Report on vaccination in Madras 1895-1903 - 1895-1903
Year: 1895
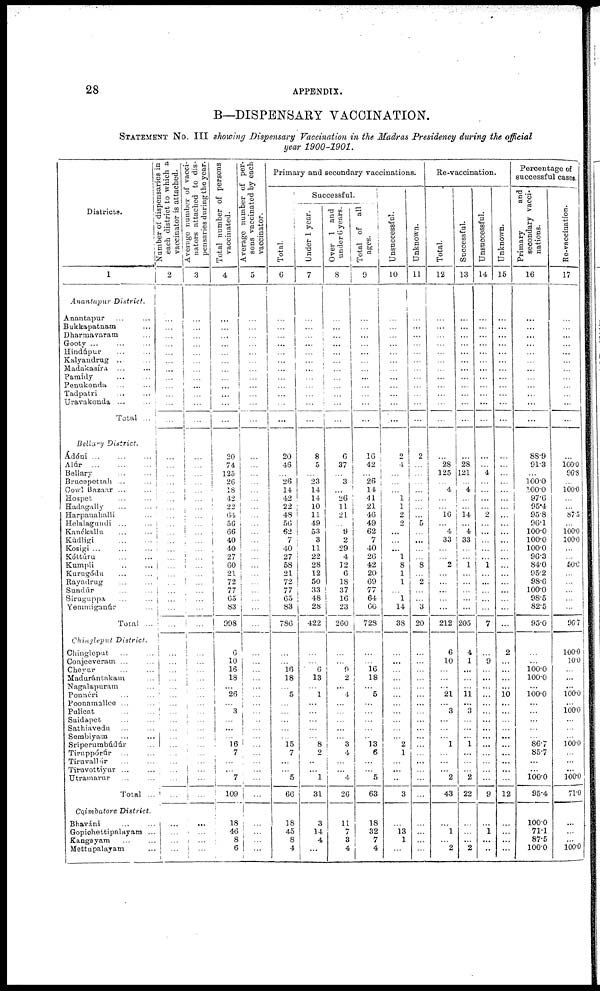
28
APPENDIX.
B—DISPENSARY VACCINATION.
STATEMENT No. III showing Dispensary Vaccination in the Madras Presidency during the official
year 1900-1901.
Districts.
1
Anantapur District.
Anantapur ... ...
Bukkapatnam ...
Dharmavaram ...
Gooty ... ... ...
Hindúpur ... ...
Kalyandrug ... ...
Madakasíra ... ...
Pamidy
...
...
Penukonda ... ...
Tadpatri ... ...
Uravakonda ... ...
Total ...
Bellary District.
Ádóni ... ... ...
Alúr
...
...
...
Bellary
...
...
Brucepettah ... ...
Cowl Bazaar ... ...
Hospet ... ...
Hadagally ... ...
Harpanahalli ...
Helalagundi ... ...
Kanékallu ... ...
Kúdligi ... ...
Kosigi ... ... ...
Kóttúru
...
...
Kumpli ... ...
Kurugódu ... ...
Rayadrug ... ...
Sundúr ... ...
Siruguppa ... ...
Yemmiganúr ...
Total ...
Chingleput District.
Chingleput ... ...
Conjeeveram ... ...
Cheyur ... ...
Madurántakam ...
Nagalapuram ...
Ponnéri ... ...
Poonamallce ... ...
Pulicat
...
...
Saidapet ... ...
Sathiavedu ... ...
Sembiyam ... ...
Sríperumbúdúr ...
Tiruppórúr ... ...
Tiruvallúr ... ...
Tiruvottiyur ... ...
Utramarur ... ...
Total ...
Coimbatore District.
Bhaváni ... ...
Gopichettipalayam ...
Kangsyam ... ...
Mettupalayam ...
Number of dispensaries in
each district to which a
vaccinator is attached.
2
...
...
...
...
...
...
...
...
...
...
...
...
...
...
...
...
...
...
...
...
...
...
...
...
...
...
...
...
...
...
...
...
...
...
...
...
...
...
...
...
...
...
...
...
...
...
...
...
...
...
...
...
...
Average number of vacci-
nators attached to dis-
pensaries during the year.
3
...
...
...
...
...
...
...
...
...
...
...
...
...
...
...
...
...
...
...
...
...
...
...
...
...
...
...
...
...
...
...
...
...
...
...
...
...
...
...
...
...
...
...
...
...
...
...
...
...
...
...
...
...
Total number of persons
vaccinated.
4
...
...
...
...
...
...
...
...
...
...
...
...
20
74
125
26
18
42
22
64
56
66
40
40
27
60
21
72
77
65
83
998
6
10
16
18
...
26
...
3
...
...
...
16
7
...
...
7
109
18
46
8
6
Average number of per-
sons vaccinated by each
vaccinator.
5
...
...
...
...
...
...
...
...
...
...
...
...
...
...
...
...
...
...
...
...
...
...
...
...
...
...
...
...
...
...
...
...
...
...
...
...
...
...
...
...
...
...
...
...
...
...
...
...
...
...
...
...
...
Primary and secondary vaccinations.
Total.
6
...
...
...
...
...
...
...
...
...
...
...
...
20
46
...
26
14
42
22
48
56
62
7
40
27
58
21
72
77
65
83
786
...
...
16
18
...
5
...
...
...
...
...
15
7
...
...
5
66
18
45
8
4
Successful.
Under 1 year.
7
...
...
...
...
...
...
...
...
...
...
...
...
8
5
...
23
14
14
10
11
49
53
3
11
22
28
12
50
33
48
28
422
...
...
6
13
...
1
...
...
...
...
...
8
2
...
...
1
31
3
14
4
...
Over 1 and
under 6 years.
8
...
...
...
...
...
...
...
...
...
...
...
...
6
37
...
3
...
26
11
21
...
9
2
29
4
12
6
18
37
16
23
260
...
...
9
2
...
4
...
...
...
...
...
3
4
...
...
4
26
11
7
3
4
Total of all
ages.
9
...
...
...
...
...
...
...
...
...
...
...
...
16
42
...
26
14
41
21
46
49
62
7
40
26
42
20
69
77
64
66
728
...
...
16
18
...
5
...
...
...
...
...
13
6
...
...
5
63
18
32
7
4
Unsuccessful.
10
...
...
...
...
...
...
...
...
...
...
...
...
2
4
...
...
...
1
1
2
2
...
...
...
1
8
1
1
...
1
14
38
...
...
...
...
...
...
...
...
...
...
...
2
1
...
...
...
3
...
13 1
...
Unknown.
11
...
...
...
...
...
...
...
...
...
...
...
...
2
...
...
...
...
...
...
...
5
...
...
...
...
8
...
2
...
...
3
20
...
...
...
...
...
...
...
...
...
...
...
...
...
...
...
...
...
...
...
...
...
Re-vaccination.
Total.
12
...
...
...
...
...
...
...
...
...
...
...
...
...
28
125
...
4
...
...
16
...
4
33
...
...
2
...
...
...
...
...
212
6
10
...
...
...
21
...
3
...
...
...
1
...
...
...
2
43
...
1
...
2
Successful.
13
...
...
...
...
...
...
...
...
...
...
...
...
...
28
121
...
4
...
...
14
...
4
33
...
...
1
...
...
...
...
...
205
4
1
...
...
...
11 ...
3
...
...
...
1
...
...
...
2
22
...
...
...
2
Unsuccessful.
14
...
...
...
...
...
...
...
...
...
...
...
...
...
...
4
...
...
...
...
2
...
...
...
...
...
1
...
...
...
...
...
7
...
9
...
...
...
...
...
...
...
...
...
...
...
...
...
...
9
...
1
...
...
Unknown.
15
...
...
...
...
...
...
...
...
...
...
...
...
...
...
...
...
...
...
...
...
...
...
...
...
...
...
...
...
...
...
...
...
2
...
...
...
...
10 ...
...
...
...
...
...
...
...
...
...
12
...
...
...
...
Percentage of
successful cases.
Primary
and
secondary vacci-
nations.
16
...
...
...
...
...
...
...
...
...
...
...
...
88.9
91.3
...
100.0
100.0
97.6
95.4
95.8
96.1
100.0
100.0
100.0
96.3
84.0
95.2
98.6
100.0
98.5
82.5
95.0
...
...
100.0
100.0
...
100.0
...
...
...
...
...
86.7
85.7
...
...
100.0
95.4
100.0
71.1
87.5
100.0
Re-vaccination.
17
...
...
...
...
...
...
...
...
...
...
...
...
...
100.0
96.8
...
100.0
...
...
87.5
...
100.0
100.0
...
...
50.0
...
...
...
...
...
96.7
100.0
10.0
...
...
...
100.0
...
100.0
...
...
...
100.0
...
...
...
100.0
71.0
...
...
...
100.0